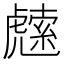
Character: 䖛